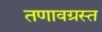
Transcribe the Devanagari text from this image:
तणावग्रस्त